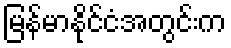
မြန်မာနိုင်ငံအတွင်းက